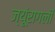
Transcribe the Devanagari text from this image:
ज्यूंरागली